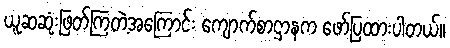
ယူဆဆုံးဖြတ်ကြတဲ့အကြောင်း ကျောက်စာဌာနက ဖော်ပြထားပါတယ်။